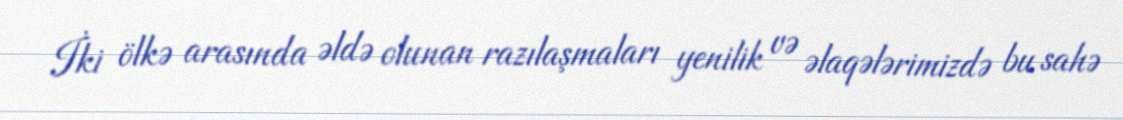
İki ölkə arasında əldə olunan razılaşmaları yenilik və əlaqələrimizdə bu sahə